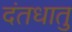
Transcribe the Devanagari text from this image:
दंतधातु